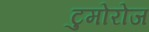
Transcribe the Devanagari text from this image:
टुमोरोज